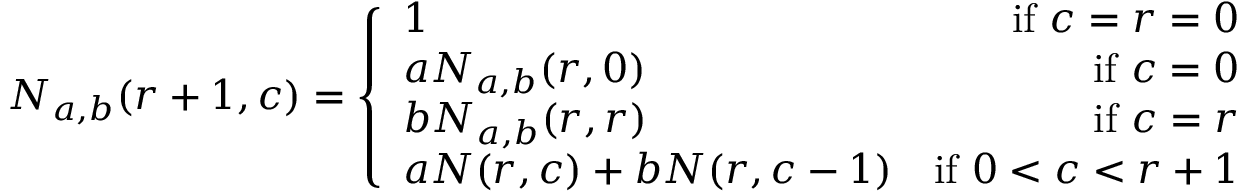
\begin{array} { r } { N _ { a , b } ( r + 1 , c ) = \left\{ \begin{array} { l r } { 1 } & { \mathrm { i f } \ c = r = 0 } \\ { a N _ { a , b } ( r , 0 ) } & { \mathrm { i f } \ c = 0 } \\ { b N _ { a , b } ( r , r ) } & { \mathrm { i f } \ c = r } \\ { a N ( r , c ) + b N ( r , c - 1 ) } & { \mathrm { i f } \ 0 < c < r + 1 } \end{array} \right. } \end{array}